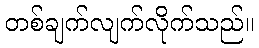
တစ်ချက်လျက်လိုက်သည်။